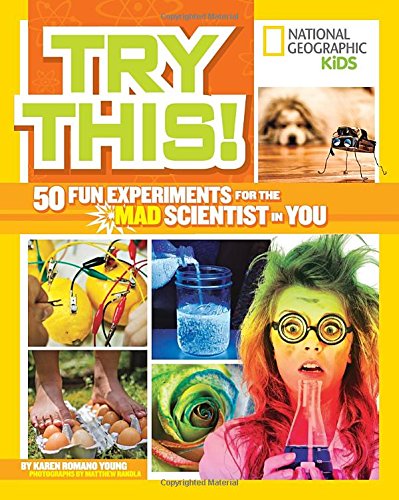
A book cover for Try This!: 50 Fun Experiments for the Mad Scientist in You; Karen Romano Young; Children's Books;